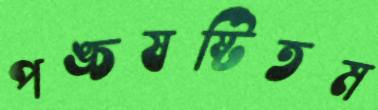
পঙ্চষষ্টিতম